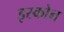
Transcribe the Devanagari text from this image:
इस्कोन